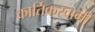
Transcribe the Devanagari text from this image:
कार्तिकस्‍वामी